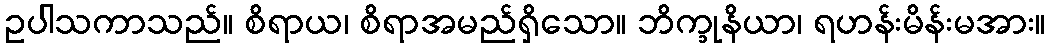
ဥပါသကာသည်။ စိရာယ၊ စိရာအမည်ရှိသော။ ဘိက္ခုနိယာ၊ ရဟန်းမိန်းမအား။